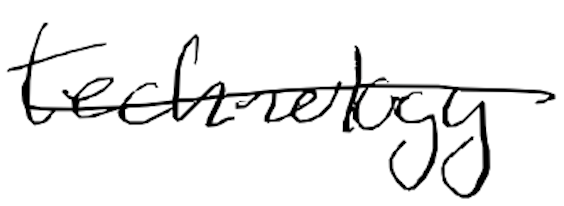
Text: technology
Cross-out: single-line
Writing tool: digital_black